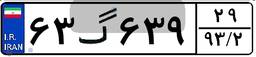
۶۳گ۶۳۹۲۹